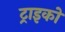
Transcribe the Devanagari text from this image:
ट्राइको